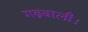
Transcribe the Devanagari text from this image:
गढ़वाली।